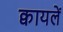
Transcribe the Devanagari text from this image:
क्वायलें